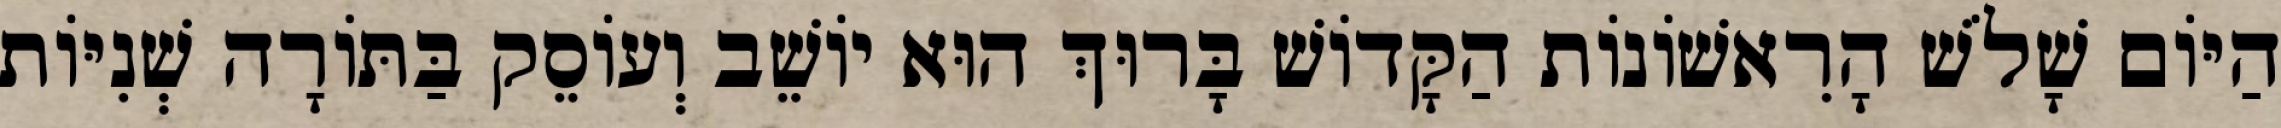
הַיּוֹם שָׁלֹשׁ הָרִאשׁוֹנוֹת הַקָּדוֹשׁ בָּרוּךְ הוּא יוֹשֵׁב וְעוֹסֵק בַּתּוֹרָה שְׁנִיּוֹת